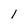
Character: 1